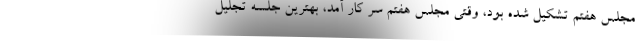
مجلس هفتم تشکیل شده بود، وقتی مجلس هفتم سر کار آمد، بهترین جلسه تجلیل